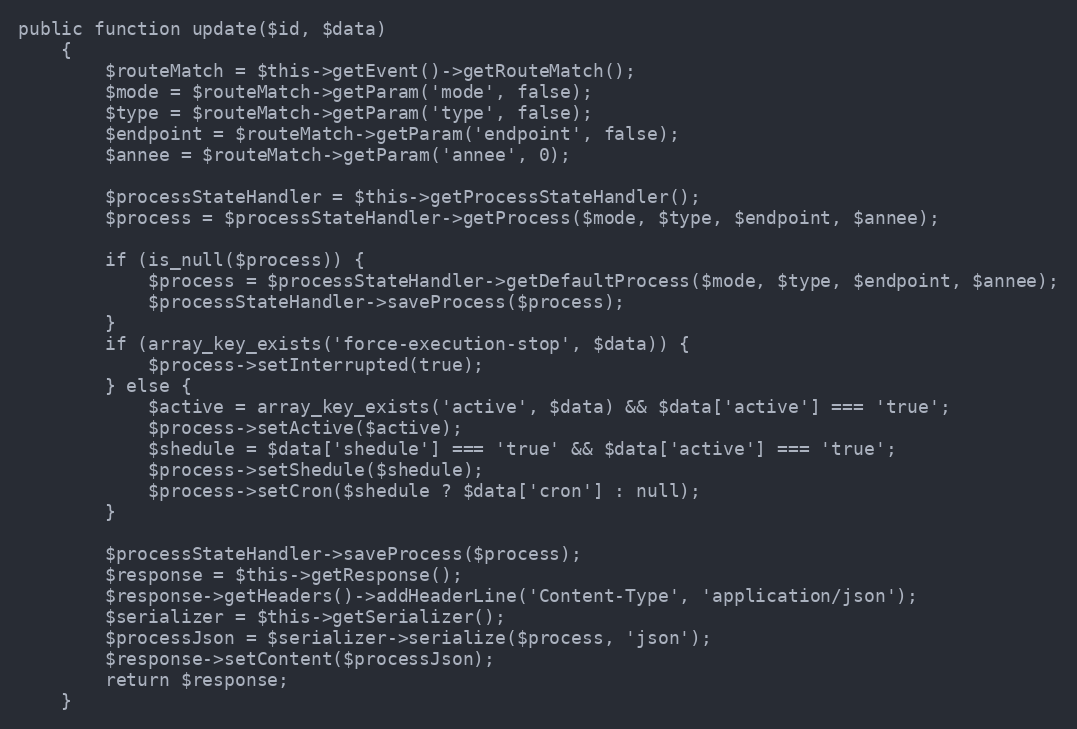
Language: PHP
public function update($id, $data)
    {
        $routeMatch = $this->getEvent()->getRouteMatch();
        $mode = $routeMatch->getParam('mode', false);
        $type = $routeMatch->getParam('type', false);
        $endpoint = $routeMatch->getParam('endpoint', false);
        $annee = $routeMatch->getParam('annee', 0);

        $processStateHandler = $this->getProcessStateHandler();
        $process = $processStateHandler->getProcess($mode, $type, $endpoint, $annee);

        if (is_null($process)) {
            $process = $processStateHandler->getDefaultProcess($mode, $type, $endpoint, $annee);
            $processStateHandler->saveProcess($process);
        }
        if (array_key_exists('force-execution-stop', $data)) {
            $process->setInterrupted(true);
        } else {
            $active = array_key_exists('active', $data) && $data['active'] === 'true';
            $process->setActive($active);
            $shedule = $data['shedule'] === 'true' && $data['active'] === 'true';
            $process->setShedule($shedule);
            $process->setCron($shedule ? $data['cron'] : null);
        }

        $processStateHandler->saveProcess($process);
        $response = $this->getResponse();
        $response->getHeaders()->addHeaderLine('Content-Type', 'application/json');
        $serializer = $this->getSerializer();
        $processJson = $serializer->serialize($process, 'json');
        $response->setContent($processJson);
        return $response;
    }